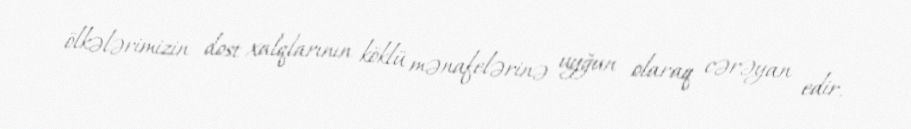
ölkələrimizin dost xalqlarının köklü mənafelərinə uyğun olaraq cərəyan edir.